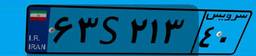
۶۳S۲۱۳۴۰